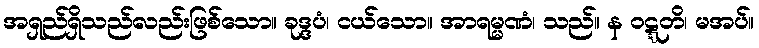
အရှည်ရှိသည်လည်းဖြစ်သော။ ခုဒ္ဒပံ၊ ငယ်သော။ အာရမ္မဏံ၊ သည်။ န ဝဋ္ဋတိ၊ မအပ်။